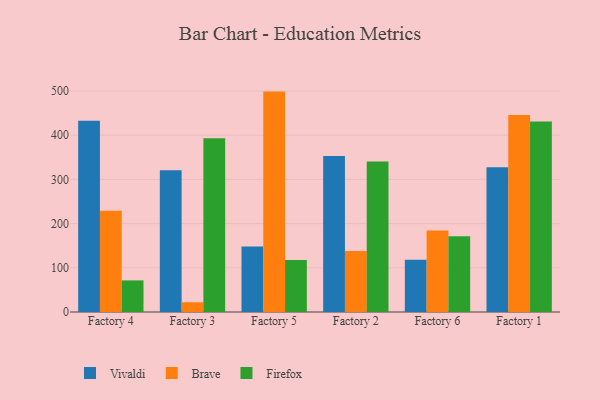
{"axis": {"x": "Factory", "y": "Shipments"}, "legend": ["Brave", "Firefox", "Vivaldi"], "data": [{"x": "Factory 4", "y": 432.7, "type": "Vivaldi"}, {"x": "Factory 4", "y": 229.1, "type": "Brave"}, {"x": "Factory 4", "y": 71.5, "type": "Firefox"}, {"x": "Factory 3", "y": 320.8, "type": "Vivaldi"}, {"x": "Factory 3", "y": 22.0, "type": "Brave"}, {"x": "Factory 3", "y": 393.3, "type": "Firefox"}, {"x": "Factory 5", "y": 148.0, "type": "Vivaldi"}, {"x": "Factory 5", "y": 498.7, "type": "Brave"}, {"x": "Factory 5", "y": 117.8, "type": "Firefox"}, {"x": "Factory 2", "y": 352.9, "type": "Vivaldi"}, {"x": "Factory 2", "y": 138.0, "type": "Brave"}, {"x": "Factory 2", "y": 340.3, "type": "Firefox"}, {"x": "Factory 6", "y": 118.3, "type": "Vivaldi"}, {"x": "Factory 6", "y": 184.2, "type": "Brave"}, {"x": "Factory 6", "y": 171.5, "type": "Firefox"}, {"x": "Factory 1", "y": 327.5, "type": "Vivaldi"}, {"x": "Factory 1", "y": 445.7, "type": "Brave"}, {"x": "Factory 1", "y": 430.8, "type": "Firefox"}]}